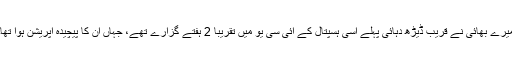
میرے بھائی نے قریب ڈیڑھ دہائی پہلے اسی ہسپتال کے آئی سی یو میں تقریباً 2 ہفتے گزارے تھے، جہاں ان کا پیچیدہ آپریشن ہوا تھا۔